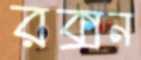
রক্সন